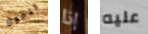
تدعون إذا عليه